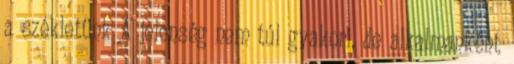
a székletünk A jelenség nem túl gyakori, de alkalmanként